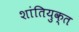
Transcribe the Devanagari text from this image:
शांतियुक्त